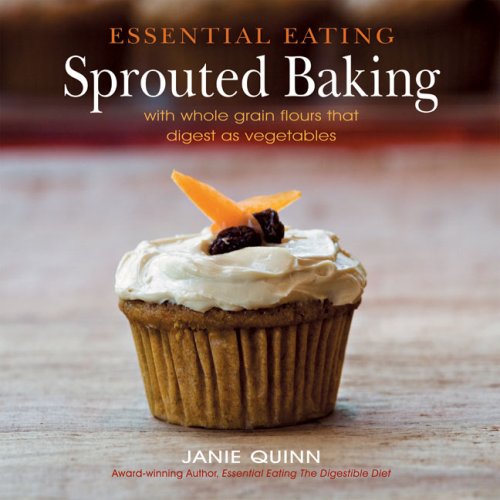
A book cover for Essential Eating Sprouted Baking: With Whole Grain Flours That Digest as Vegetables; Janie Quinn; Cookbooks, Food & Wine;